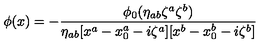
\phi ( x ) = - { \frac { \phi _ { 0 } ( \eta _ { a b } \zeta ^ { a } \zeta ^ { b } ) } { \eta _ { a b } [ x ^ { a } - x _ { 0 } ^ { a } - i \zeta ^ { a } ] [ x ^ { b } - x _ { 0 } ^ { b } - i \zeta ^ { b } ] } }